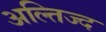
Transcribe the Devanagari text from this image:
अल्तिज्द